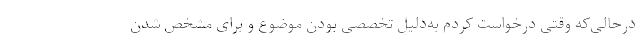
درحالی‌که وقتی درخواست کردم به‌دلیل تخصصی بودن موضوع و برای مشخص شدن